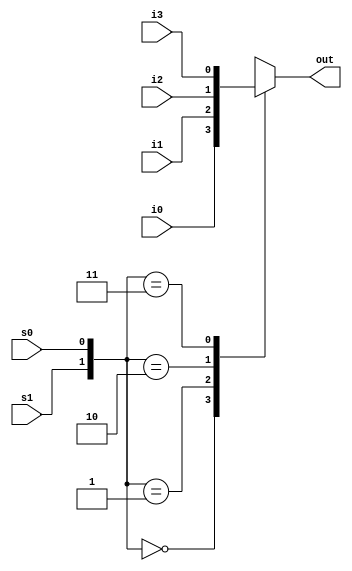
`timescale 1ns / 1ps
//////////////////////////////////////////////////////////////////////////////////
// Company: 
// Engineer: 
// 
// Design Name: 
// Module Name: case_mux4_to_1
// Project Name: 
// Target Devices: 
// Tool Versions: 
// Description: 
// 
// Dependencies: 
// 
// Revision:
// Revision 0.01 - File Created
// Additional Comments:
// 
//////////////////////////////////////////////////////////////////////////////////


module case_mux4_to_1(output reg out, input i0,i1,i2,i3, input s1,s0);
always @(s1 or s0 or i0 or i1 or i2 or i3)
    case ({s1, s0}) // 
        2'd0 : out = i0;
        2'd1 : out = i1;
        2'd2 : out = i2;
        2'd3 : out = i3;
        default: $display("Invalid control signals");
    endcase
endmodule